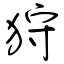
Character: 狩